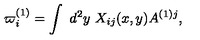
\varpi _ { i } ^ { ( 1 ) } = \int \ d ^ { 2 } y \ X _ { i j } ( x , y ) A ^ { ( 1 ) j } ,